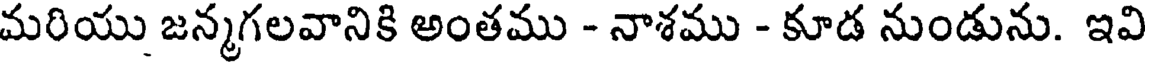
మరియు జన్మగలవానికి అంతము - నాశము - కూడ నుండును. ఇవి